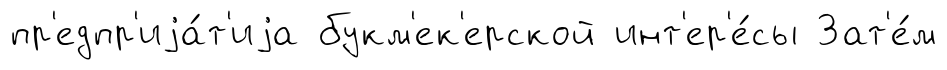
пр'едпр'иjа́т'иjа букм'ек'ерской инт'ер'е́сы Зат'е́м